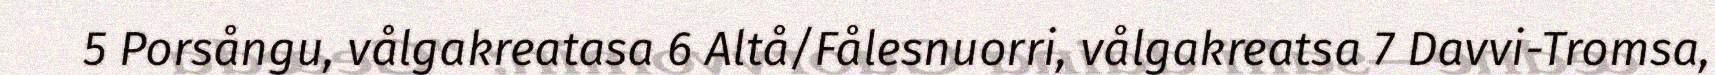
5 Porsångu, vålgakreatasa 6 Altå/Fålesnuorri, vålgakreatsa 7 Davvi-Tromsa,